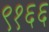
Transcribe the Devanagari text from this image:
९१६६